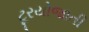
ટૂરયોજાતી